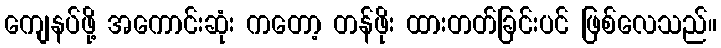
ကျေနပ်ဖို့ အကောင်းဆုံး ကတော့ တန်ဖိုး ထားတတ်ခြင်းပင် ဖြစ်လေသည်။